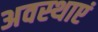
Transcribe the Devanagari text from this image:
अवस्‍थाएं